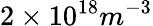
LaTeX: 2\times 10^{18}m^{-3}